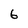
Character: 6